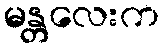
မန္တလေးက